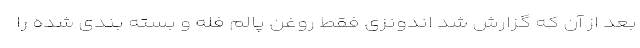
بعد از آن که گزارش شد اندونزی فقط روغن پالم فله و بسته بندی شده را